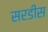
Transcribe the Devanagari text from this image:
सरडीस